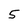
Character: 5